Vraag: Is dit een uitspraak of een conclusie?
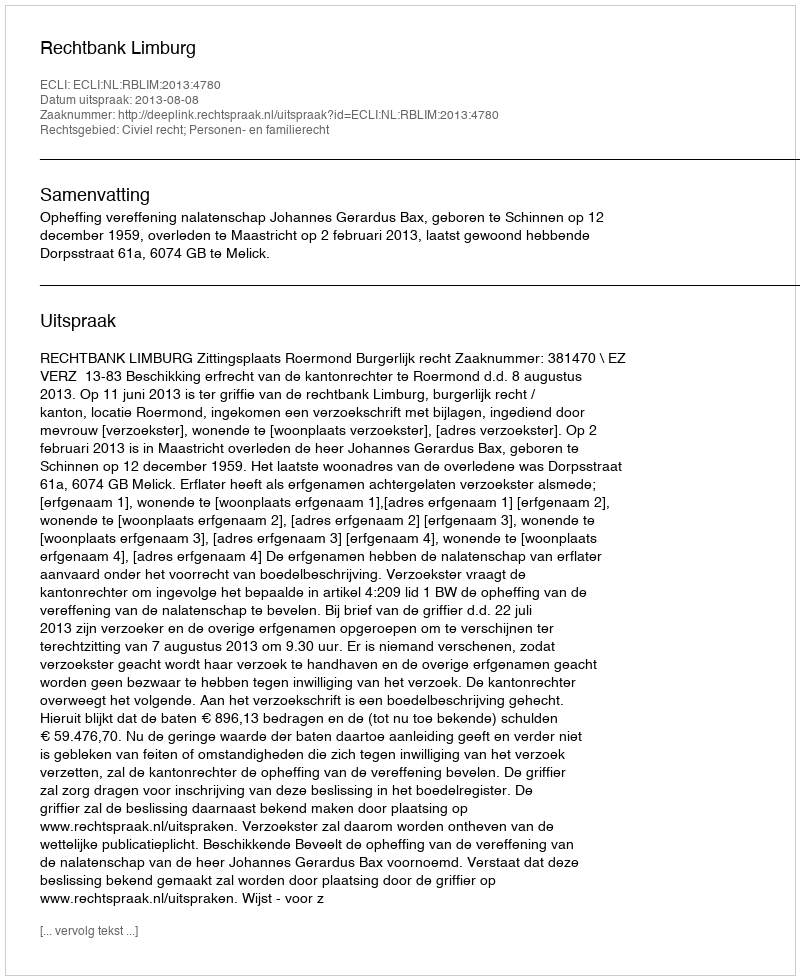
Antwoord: Uitspraak